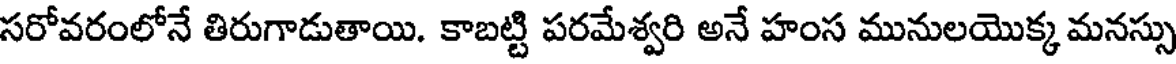
సరోవరంలోనే తిరుగాడుతాయి. కాబట్టి పరమేశ్వరి అనే హంస మునులయొక్క మనస్సు